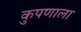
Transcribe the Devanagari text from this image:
कुपणाला